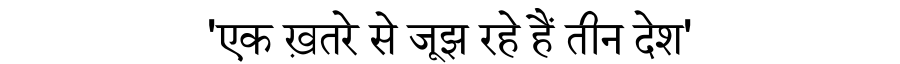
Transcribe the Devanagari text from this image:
'एक ख़तरे से जूझ रहे हैं तीन देश'